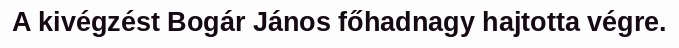
A kivégzést Bogár János főhadnagy hajtotta végre.